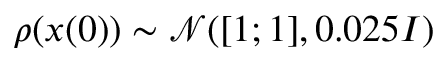
\rho ( x ( 0 ) ) \sim \mathcal { N } ( [ 1 ; 1 ] , 0 . 0 2 5 I )